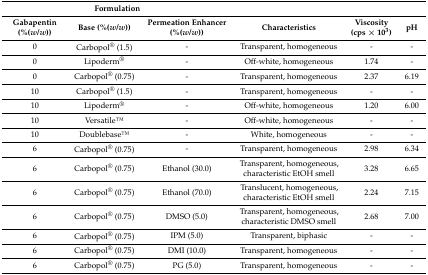
| <COLSPAN=3> Formulation | <COLSPAN=3>  |
 | Gabapentin (%(w/w)) | Base (%(w/w)) | Permeation Enhancer (%(w/w)) | Characteristics | Viscosity (cps × 103) | pH |
 | --- | --- | --- | --- | --- | --- |
 | 0 | Carbopol® (1.5) | - | Transparent, homogeneous | - | - |
 | 0 | Lipoderm® | - | Off-white, homogeneous | 1.74 | - |
 | 0 | Carbopol® (0.75) | - | Transparent, homogeneous | 2.37 | 6.19 |
 | 10 | Carbopol® (1.5) | - | Transparent, homogeneous | - | - |
 | 10 | Lipoderm® | - | Off-white, homogeneous | 1.20 | 6.00 |
 | 10 | VersatileTM | - | Off-white, homogeneous | - | - |
 | 10 | DoublebaseTM | - | White, homogeneous | - | - |
 | 6 | Carbopol® (0.75) | - | Transparent, homogeneous | 2.98 | 6.34 |
 | 6 | Carbopol® (0.75) | Ethanol (30.0) | Transparent, homogeneous, characteristic EtOH smell | 3.28 | 6.65 |
 | 6 | Carbopol® (0.75) | Ethanol (70.0) | Translucent, homogeneous, characteristic EtOH smell | 2.24 | 7.15 |
 | 6 | Carbopol® (0.75) | DMSO (5.0) | Transparent, homogeneous, characteristic DMSO smell | 2.68 | 7.00 |
 | 6 | Carbopol® (0.75) | IPM (5.0) | Transparent, biphasic | - | - |
 | 6 | Carbopol® (0.75) | DMI (10.0) | Transparent, homogeneous | - | - |
 | 6 | Carbopol® (0.75) | PG (5.0) | Transparent, homogeneous | - | - |